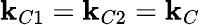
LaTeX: \mathbf{k}_{C1}=\mathbf{k}_{C2}=\mathbf{k}_{C}